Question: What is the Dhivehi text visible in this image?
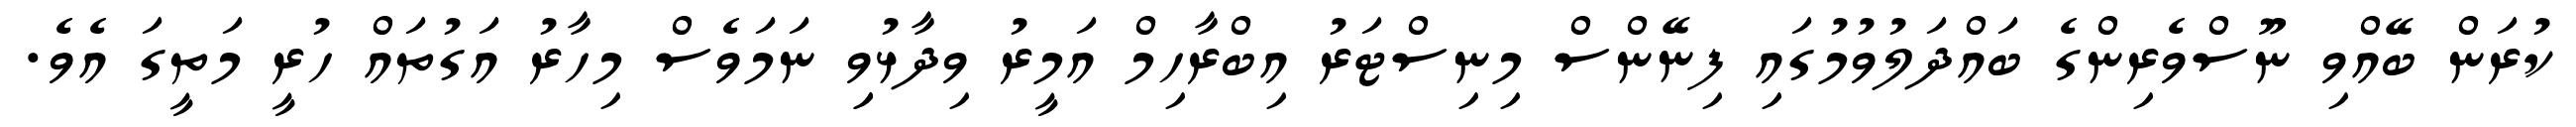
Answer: ކުރަން ބޭއްވި ނޫސްވެރިންގެ ބައްދަލުވުމުގައި ފިނޭންސް މިނިސްޓަރު އިބްރާހިމް އަމީރު ވިދާޅުވިި ނަމަވެސް މިހާރު އަގުތައް ހުރީ މަތީގަ އެވެ.